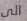
الى